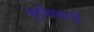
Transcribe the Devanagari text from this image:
कूचियाई